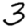
Digit: 3